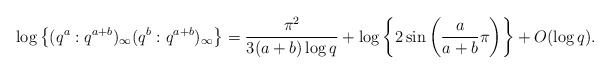
\begin{align*}\log \left\{ (q^a:q^{a+b})_{\infty}(q^b:q^{a+b})_{\infty} \right\} = \frac{\pi^{2}}{3(a+b)\log q} + \log \left\{2 \sin \left( \frac{a}{a+b} \pi \right) \right\} + O(\log q). \end{align*}